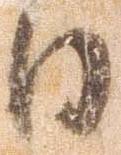
日